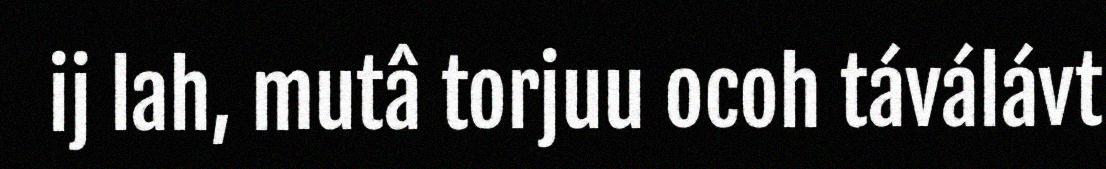
ij lah, mutâ torjuu ocoh táválávt